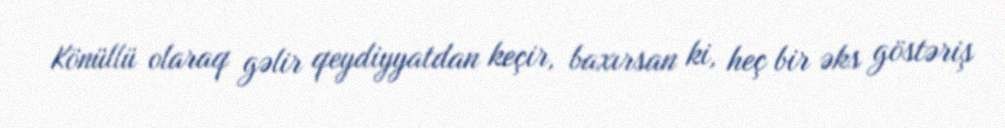
Könüllü olaraq gəlir qeydiyyatdan keçir, baxırsan ki, heç bir əks göstəriş